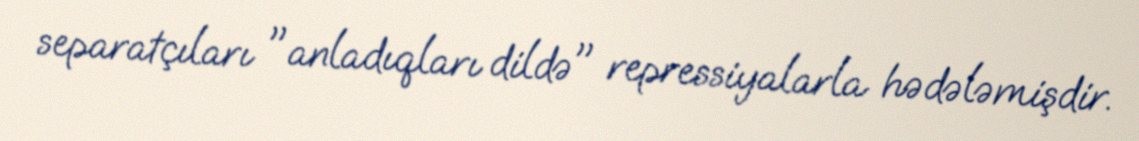
separatçıları "anladıqları dildə" repressiyalarla hədələmişdir.